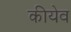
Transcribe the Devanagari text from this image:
कीयेव